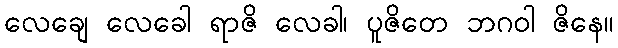
လေချေ လေခေါ ရာဇိ လေခါ၊ ပူဇိတေ ဘဂဝါ ဇိနေ။